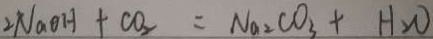
2 N a O H + C O _ { 2 } = N a _ { 2 } C O _ { 3 } + H _ { 2 } O